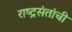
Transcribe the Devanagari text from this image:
राष्ट्रसंतांची